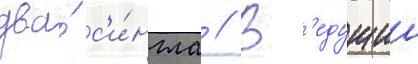
два́ с'и́нгла // В'едущии